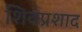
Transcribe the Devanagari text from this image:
शिवप्रशाद